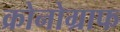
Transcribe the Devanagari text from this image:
क्रोनोग्राफ